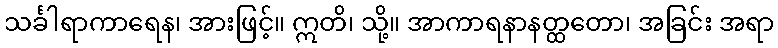
သင်္ခါရာကာရေန၊ အားဖြင့်။ ဣတိ၊ သို့။ အာကာရနာနတ္ထတော၊ အခြင်း အရာ